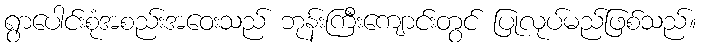
ရွာပေါင်းစုံအစည်းအဝေးသည် ဘုန်းကြီးကျောင်းတွင် ပြုလုပ်မည်ဖြစ်သည်။